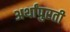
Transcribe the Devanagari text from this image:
अर्थांपुरती